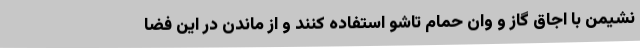
نشیمن با اجاق گاز و وان حمام تاشو استفاده کنند و از ماندن در این فضا